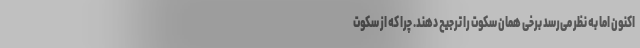
اکنون اما به نظر می‌رسد برخی همان سکوت را ترجیح دهند. چرا که از سکوت